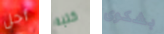
أجل كتبه بشكوى